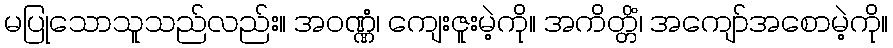
မပြုသောသူသည်လည်း။ အဝဏ္ဏံ၊ ကျေးဇူးမဲ့ကို။ အကိတ္တိံ၊ အကျော်အစောမဲ့ကို။